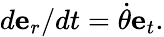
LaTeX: d\mathbf{e}_{r}/dt={\dot{\theta}}\mathbf{e}_{t}.